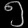
Digit: ၅